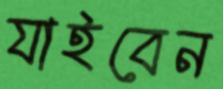
যাইবেন